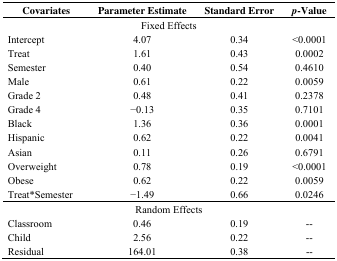
<table><thead><tr><td><b>Covariates</b></td><td><b>Parameter Estimate</b></td><td><b>Standard Error</b></td><td><b><i>p</i>-Value</b></td></tr></thead><tbody><tr><td colspan="4">Fixed Effects</td></tr><tr><td>Intercept</td><td>4.07</td><td>0.34</td><td>&lt;0.0001</td></tr><tr><td>Treat</td><td>1.61</td><td>0.43</td><td>0.0002</td></tr><tr><td>Semester</td><td>0.40</td><td>0.54</td><td>0.4610</td></tr><tr><td>Male</td><td>0.61</td><td>0.22</td><td>0.0059</td></tr><tr><td>Grade 2</td><td>0.48</td><td>0.41</td><td>0.2378</td></tr><tr><td>Grade 4</td><td>−0.13</td><td>0.35</td><td>0.7101</td></tr><tr><td>Black</td><td>1.36</td><td>0.36</td><td>0.0001</td></tr><tr><td>Hispanic</td><td>0.62</td><td>0.22</td><td>0.0041</td></tr><tr><td>Asian</td><td>0.11</td><td>0.26</td><td>0.6791</td></tr><tr><td>Overweight</td><td>0.78</td><td>0.19</td><td>&lt;0.0001</td></tr><tr><td>Obese</td><td>0.62</td><td>0.22</td><td>0.0059</td></tr><tr><td>Treat*Semester</td><td>−1.49</td><td>0.66</td><td>0.0246</td></tr><tr><td colspan="4">Random Effects</td></tr><tr><td>Classroom</td><td>0.46</td><td>0.19</td><td>--</td></tr><tr><td>Child</td><td>2.56</td><td>0.22</td><td>--</td></tr><tr><td>Residual</td><td>164.01</td><td>0.38</td><td>--</td></tr></tbody></table>